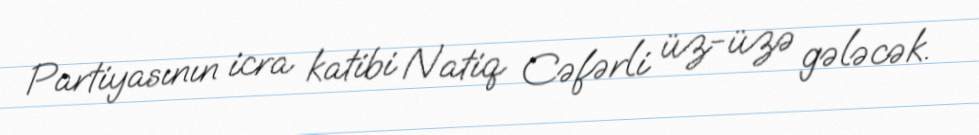
Partiyasının icra katibi Natiq Cəfərli üz-üzə gələcək.